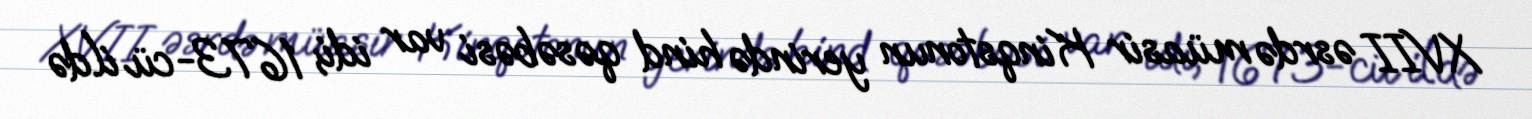
XVII əsrdə müasir Kinqstonun yerində hind qəsəbəsi var idi; 1673-cü ildə